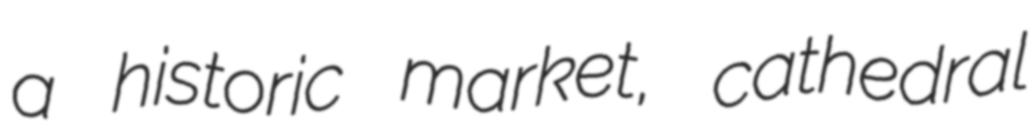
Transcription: a historic market, cathedral